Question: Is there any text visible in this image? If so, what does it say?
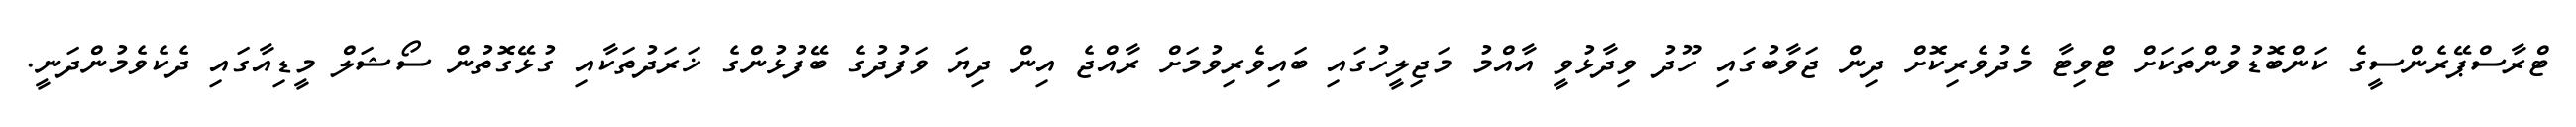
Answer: ޓްރާސްޕޭރެންސީގެ ކަންބޮޑުވުންތަކަށް ޓްވިޓާ މެދުވެރިކޮށް ދިން ޖަވާބުގައި ހޫދު ވިދާޅުވީ އާއްމު މަޖިލީހުގައި ބައިވެރިވުމަށް ރާއްޖެ އިން ދިޔަ ވަފުދުގެ ބޭފުޅުންގެ ޚަރަދުތަކާއި ގުޅޭގޮތުން ސޯޝަލް މީޑިއާގައި ދެކެވެމުންދަނީ.